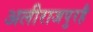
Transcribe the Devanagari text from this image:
अलीराजपुरहै